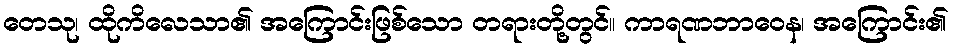
တေသု၊ ထိုကိလေသာ၏ အကြောင်းဖြစ်သော တရားတို့တွင်။ ကာရဏဘာဝေန၊ အကြောင်း၏